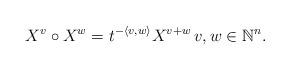
LaTeX: \begin{align*}X^v \circ X^w = t^{ -\langle v, w \rangle} X^{v+w} \, v,w\in \mathbb{N}^n.\end{align*}